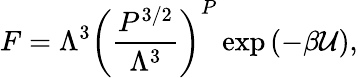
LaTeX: F=\Lambda^{3}\left(\frac{P^{3/2}}{\Lambda^{3}}\right)^{P}\exp\left(-\beta{\cal U}\right),